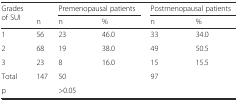
| <ROWSPAN=2> Grades of SUI |  | <COLSPAN=2> Premenopausal patients | <COLSPAN=2> Postmenopausal patients |
 | n | n | % | n | % |
 | --- | --- | --- | --- | --- | --- |
 | 1 | 56 | 23 | 46.0 | 33 | 34.0 |
 | 2 | 68 | 19 | 38.0 | 49 | 50.5 |
 | 3 | 23 | 8 | 16.0 | 15 | 15.5 |
 | Total | 147 | <COLSPAN=2> 50 | <COLSPAN=2> 97 |
 | <COLSPAN=2> p | <COLSPAN=4> >0.05 |